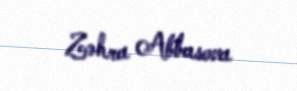
Zəhra Abbasova